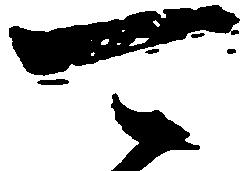
可